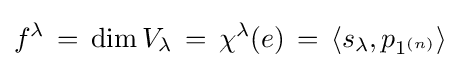
f^{\lambda }\,=\,\dim V_{\lambda }\,=\,\chi ^{\lambda }(e)\,=\,\langle s_{\lambda },p_{1^{(n)}}\rangle